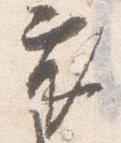
衣